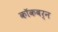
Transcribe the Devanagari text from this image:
काॅकबर्न